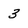
Character: 3